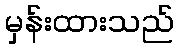
မှန်းထားသည်